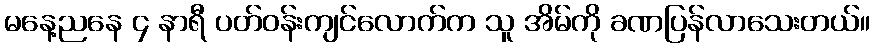
မနေ့ညနေ ၄ နာရီ ပတ်ဝန်းကျင်လောက်က သူ အိမ်ကို ခဏပြန်လာသေးတယ်။